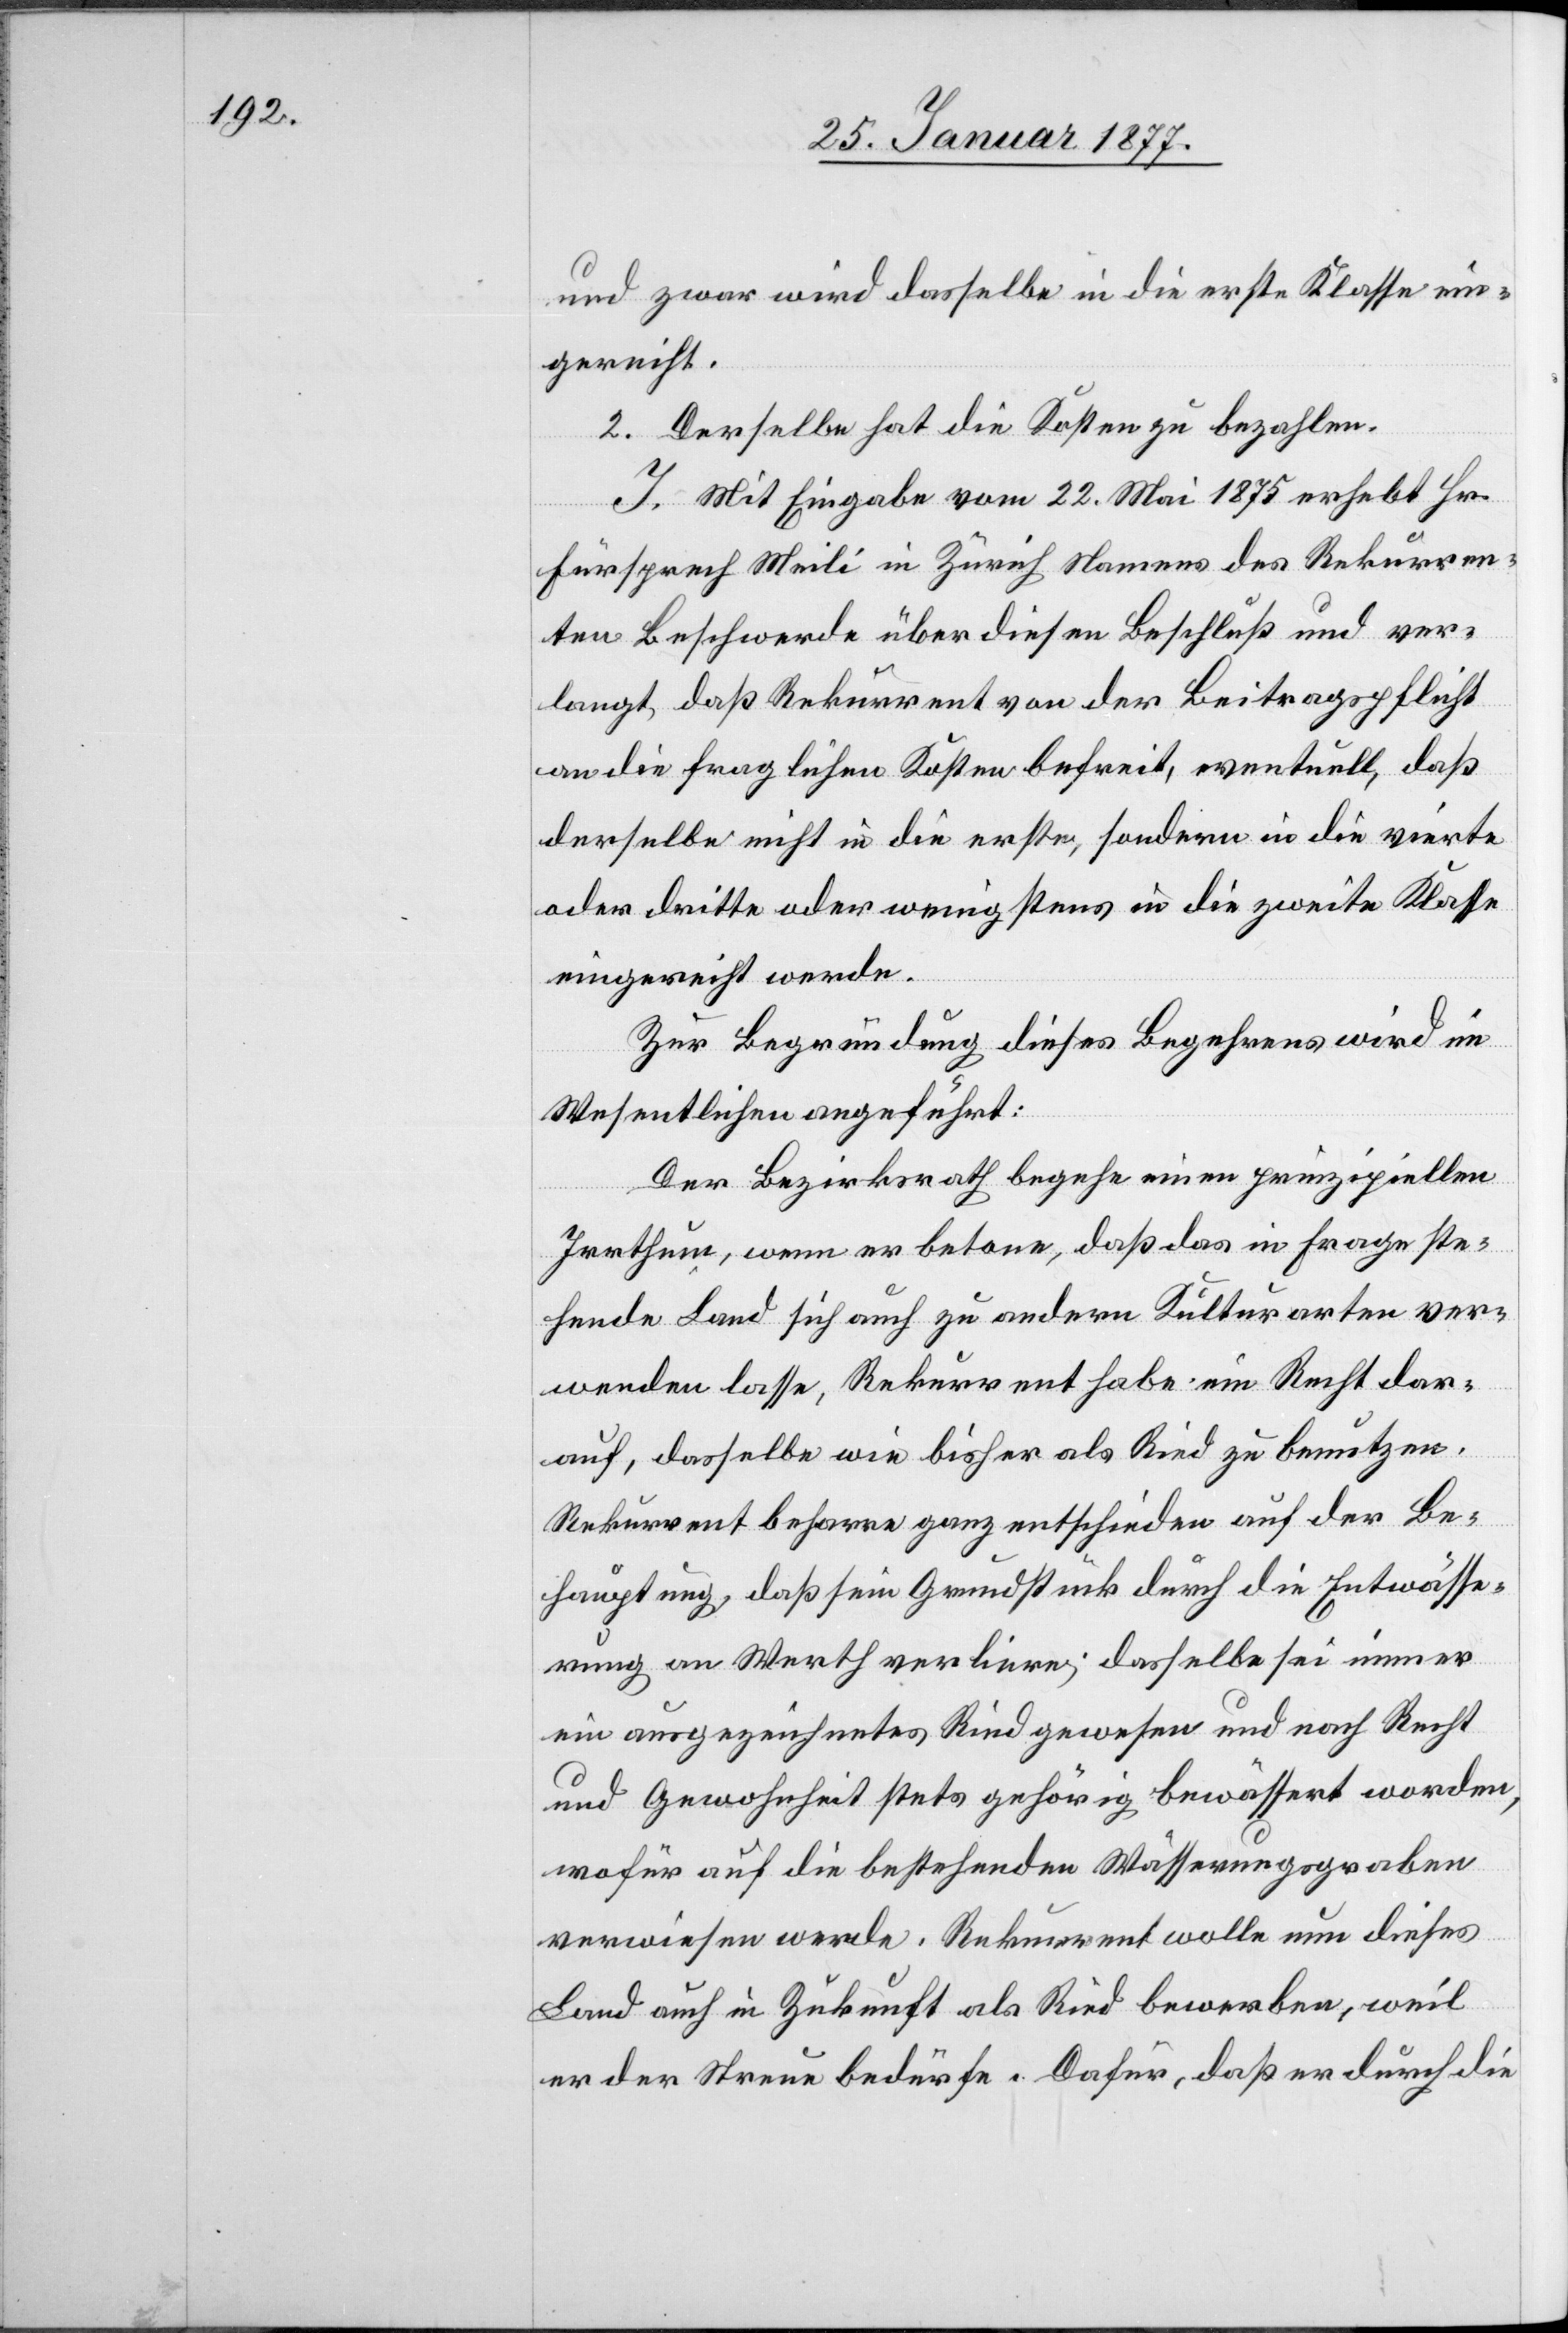
und zwar wird dasselbe in die erste Klasse ein¬
gereiht.
2. Derselbe hat die Kosten zu bezahlen.
J. Mit Eingabe vom 22. Mai 1875 erhebt Hr.
Fürsprech Meili in Zürich Namens des Rekurren¬
ten Beschwerde über diesen Beschluß und ver¬
langt, daß Rekurrent von der Beitragspflicht
an die fraglichen Kosten befreit, eventuell, daß
derselbe nicht in die erste, sondern in die vierte
oder dritte oder wenigstens in die zweite Klasse
eingereiht werde.
Zur Begründung dieses Begehrens wird im
Wesentlichen angeführt:
Der Bezirksrath begehe einen prinzipiellen
Irrthum, wenn er betone, daß das in Frage ste¬
hende Land sich auch zu andern Kulturarten ver¬
wenden lasse, Rekurrent habe ein Recht dar¬
auf, dasselbe wie bisher als Ried zu benutzen.
Rekurrent beharre ganz entschieden auf der Be¬
hauptung, daß sein Grundstück durch die Entwässe¬
rung an Werth verliere; dasselbe sei immer
ein ausgezeichnetes Ried gewesen und nach Recht
und Gewohnheit stets gehörig bewässert worden,
wofür auf die bestehenden Wässerungsgraben
verwiesen werde. Rekurrent wolle nun dieses
Land auch in Zukunft als Ried bewerben, weil
er der Streue bedürfe. Dafür, daß er durch die